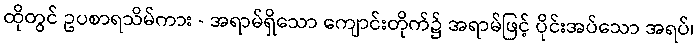
ထိုတွင် ဥပစာရသိမ်ကား - အရာမ်ရှိသော ကျောင်းတိုက်၌ အရာမ်ဖြင့် ပိုင်းအပ်သော အရပ်၊